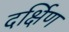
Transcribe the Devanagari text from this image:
दर्क्षिण